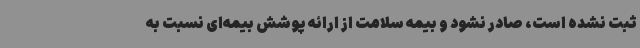
ثبت نشده است، صادر نشود و بیمه سلامت از ارائه پوشش بیمه‌ای نسبت به